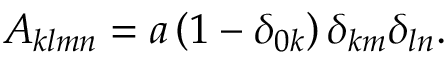
A _ { k l m n } = a \left( 1 - \delta _ { 0 k } \right) \delta _ { k m } \delta _ { l n } .